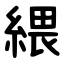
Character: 䋿